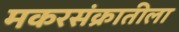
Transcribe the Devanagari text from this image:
मकरसंक्रातीला